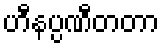
ဟီနပ္ပဏီတတာ